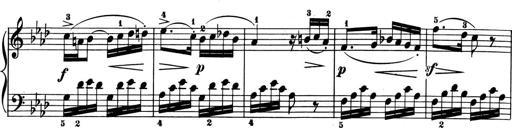
Title: 6 Piano Sonatinas
Composer: Cornelius Gurlitt